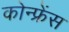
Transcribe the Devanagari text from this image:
कोन्फ्रेंस